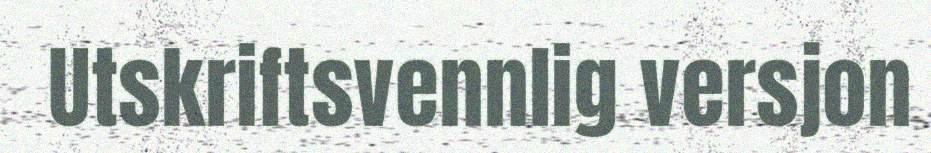
Utskriftsvennlig versjon